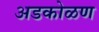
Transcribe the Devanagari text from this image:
अडकोळण